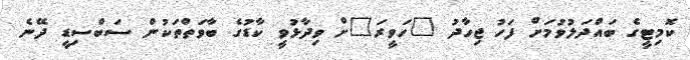
ކޮމިޓީގެ ބައްދަލުވުމަށް ފަހު ޖިހާދު "ހަވީރަ"ށް ވިދާޅުވީ ކާޑުގެ ބާވަތްތަކުން ސަބްސިޑީ ދޭނެ